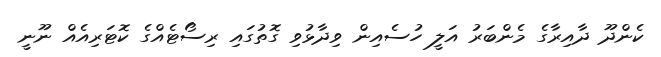
ކެންދޫ ދާއިރާގެ މެންބަރު އަލީ ހުސެއިން ވިދާޅުވި ގޮތުގައި ރިސޯޓެއްގެ ކޮޓަރިއެއް ނޫނީ